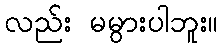
လည်း မမွားပါဘူး။